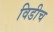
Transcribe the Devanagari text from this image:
विडीच